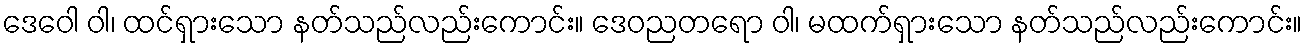
ဒေဝေါ ဝါ၊ ထင်ရှားသော နတ်သည်လည်းကောင်း။ ဒေဝညတရော ဝါ၊ မထက်ရှားသော နတ်သည်လည်းကောင်း။